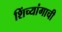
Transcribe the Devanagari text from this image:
शिंच्यांगाची